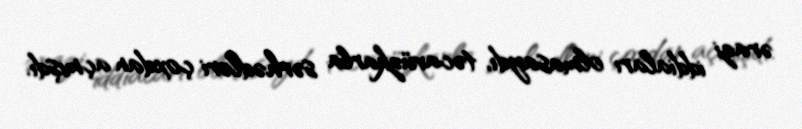
ərazi iddiaları olmasaydı, təcavüzkarla sərhədləri çoxdan açmışdı.